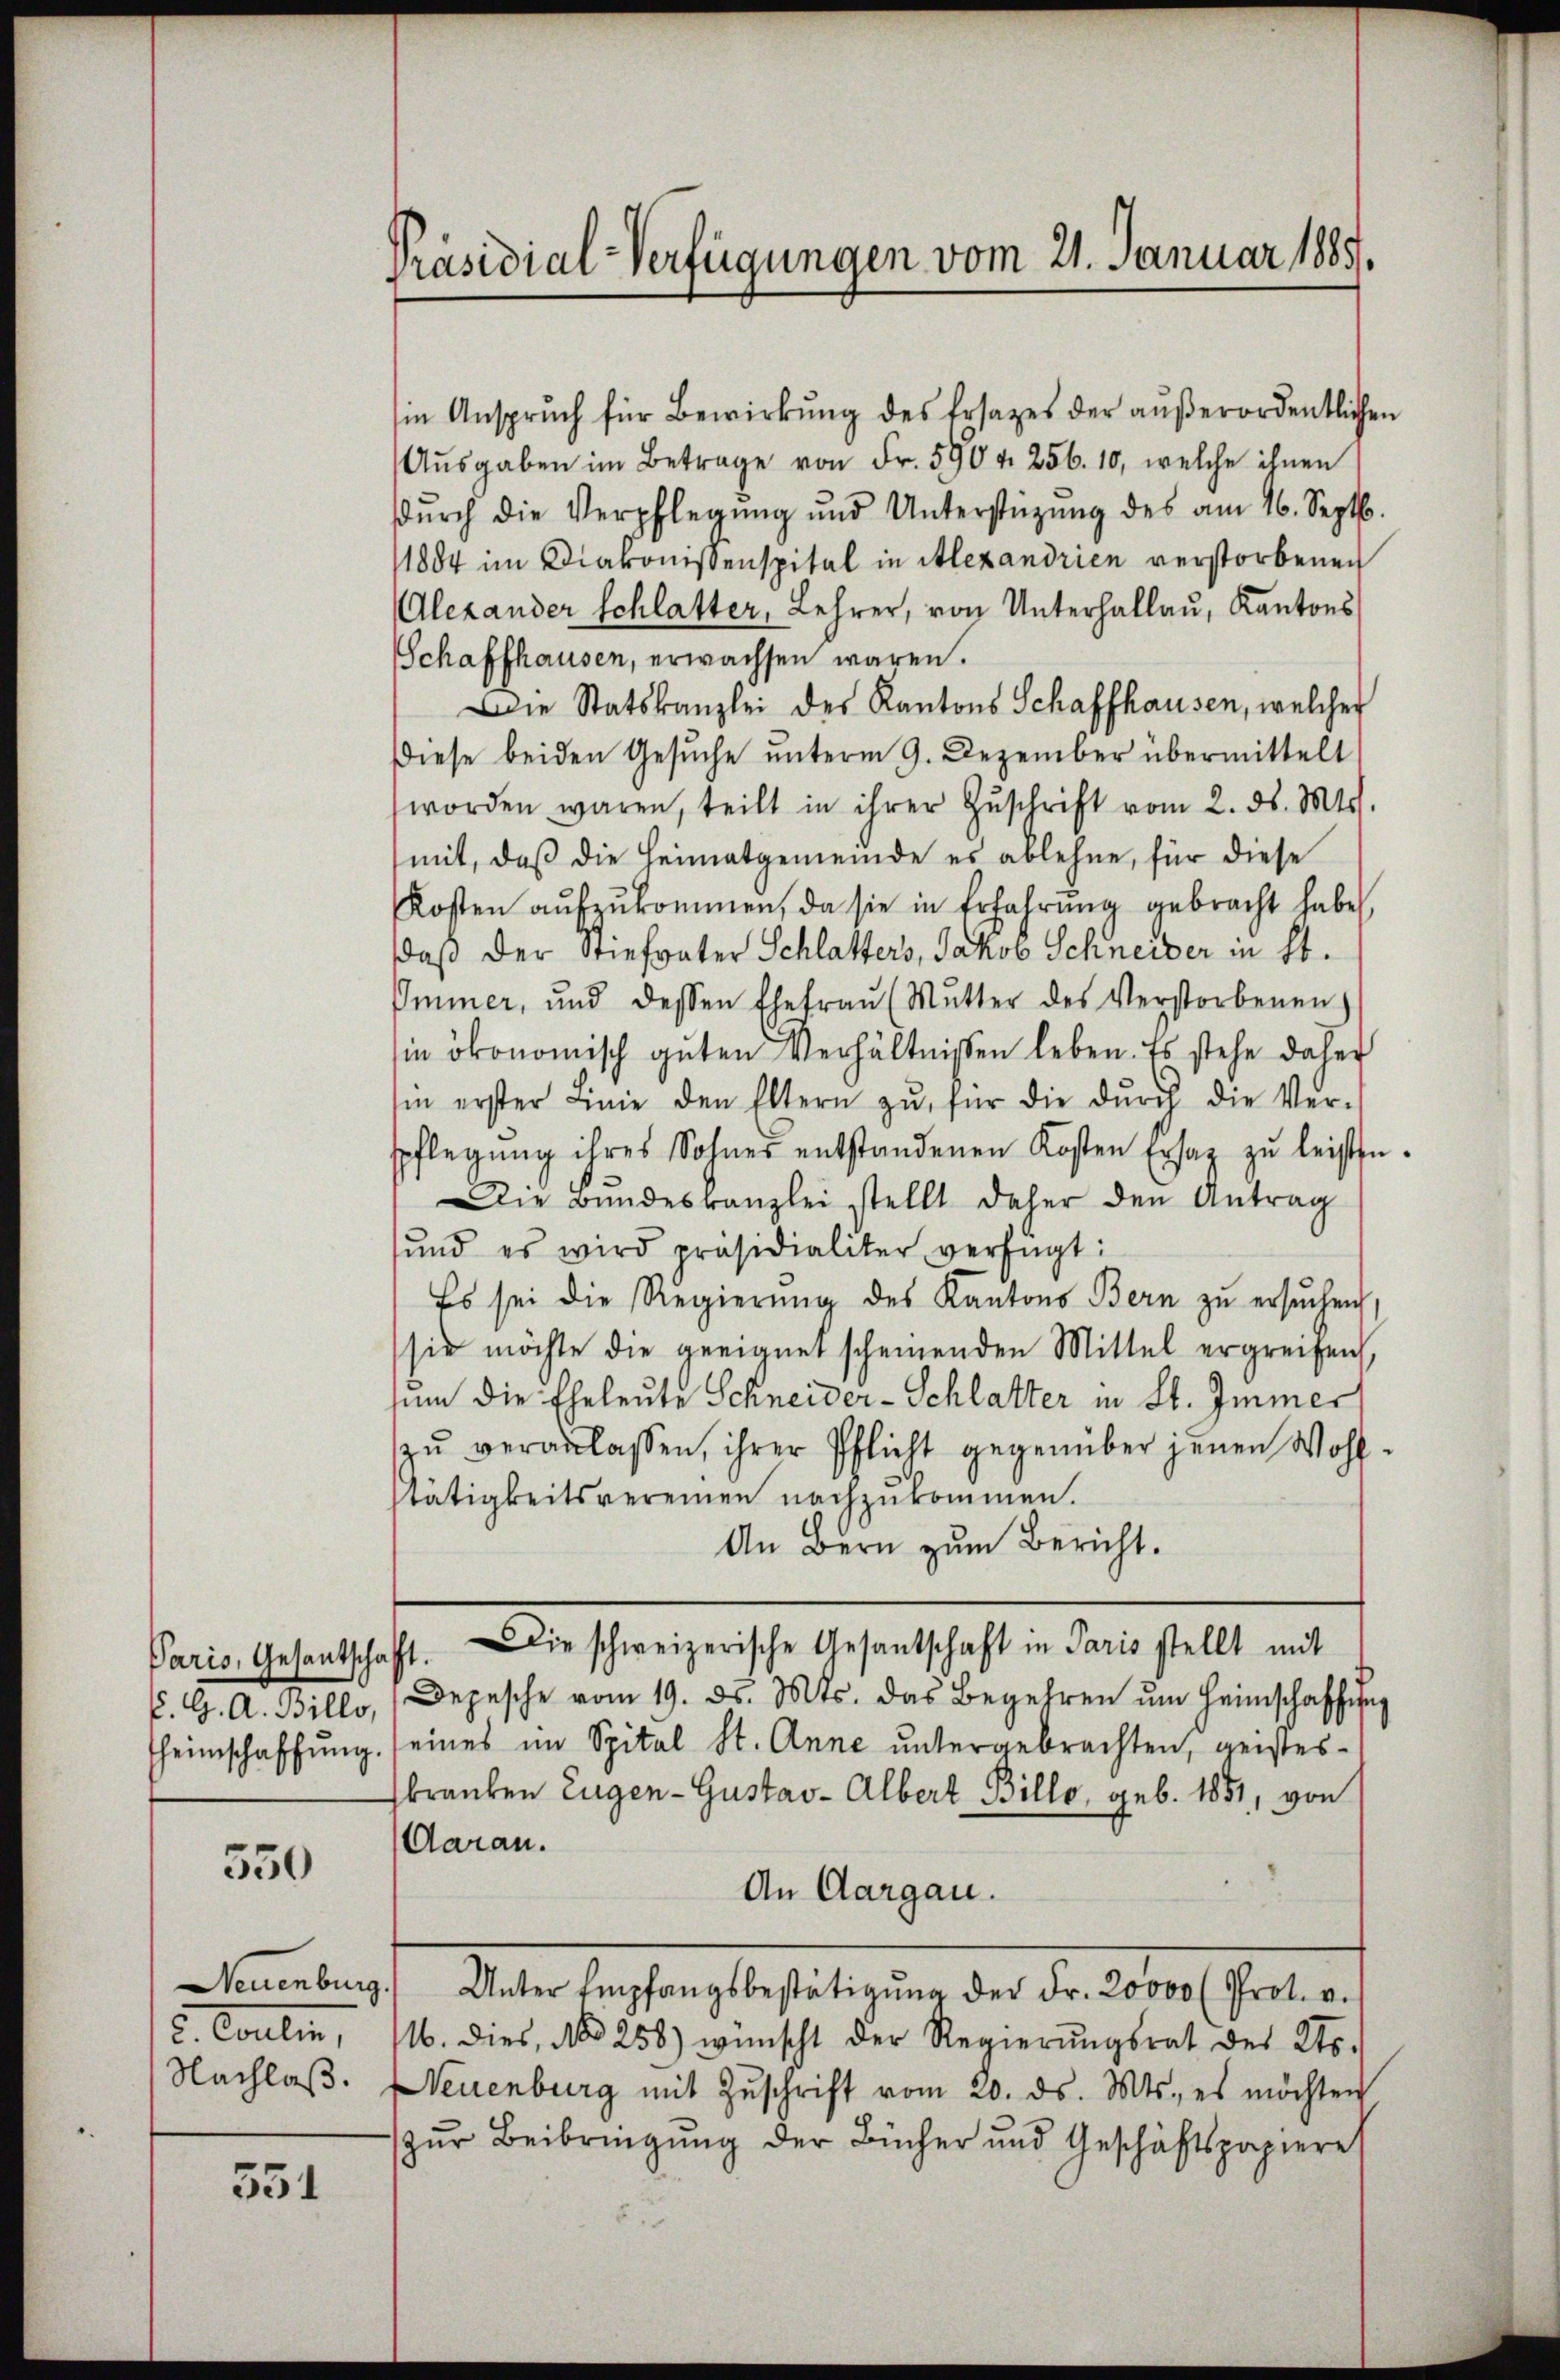
550

2. Coulin,
Nachlaß.

531

Präsidial-Verfügungen vom 21. Januar 1889.

in Ansprŭch für Bewirkŭng des Ersatzes der aŭβerordentlichen
Aŭsgaben im Betrage von Fr. 590 u. 256. 10, welche ihnen
dŭrch die Verpflegŭng und Unterstüzung des am 16. Septb.
1884 im Diakonissenspital in Alexandrien verstorbenen
Alexander Schlatter, Lehrer, von Unterhallau, Kantons
Schaffhausen, erwachsen waren.
Die Statskanzlei des Kantons Schaffhausen, welcher
Diese beiden Gesŭche unterm 9. Dezember übermittelt
worden waren, teilt in ihrer Zŭschrift vom 2. ds. Mts.
mit, daß die Heimatgemeinde es ablehne, für diese
Kosten aŭfzŭkommen, da sie in Erfahrŭng gebracht habe,
daß der Stiefvater Schlatters, Jakob Schneider in St.
Immer, und dessen Ehefraŭ (Mŭtter des Verstorbenen
in ökonomisch guten Verhältnissen leben. Es stehe daher
hin erster Linie den Eltern zŭ für die dŭrch die Ver-
spflegŭng ihres Sohner entstandenen Kosten Ersatz zŭ leisten.
Die Bundeskanzlei stellt daher den Antrag
sund es wird präsidialiter verfügt:
Es sei die Regierŭng des Kantons Bern zu ersŭchen
sie möchte die geeignet scheinenden Mittel ergreifen,
sum die Eheleute Schneider-Schlatter in St. Immer
zŭ veranlassen, ihrer Pflicht gegenüber jenen Wohltätigkeitsvereinen nachzukommen.
An Bern zum Bericht.
Paris, Gesantschaft. Die schweizerische Gesandtschaft in Paris stellt mit
P. G. A. Billo, Depesche vom 19. ds. Mts. das Begehren ŭm Heimschaffung
heimschaffŭng seines im Spital St. Anne untergebrachten, geistes-
skranken Eugen - Gustav Albert Billo, geb. 1851, von
Aarau.
An Aargau.
Neuenburg. Unter Empfangsbestätigŭng der Fr. 20000 (Prot. v.
16. dies, No 258) wünscht der Regierŭngsrat des Kts.
Neuenburg mit Zŭschrift vom 20. ds. Mts., es möchten
zur Beibringung der Bücher und Geschäftspapiere